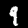
Label: 9